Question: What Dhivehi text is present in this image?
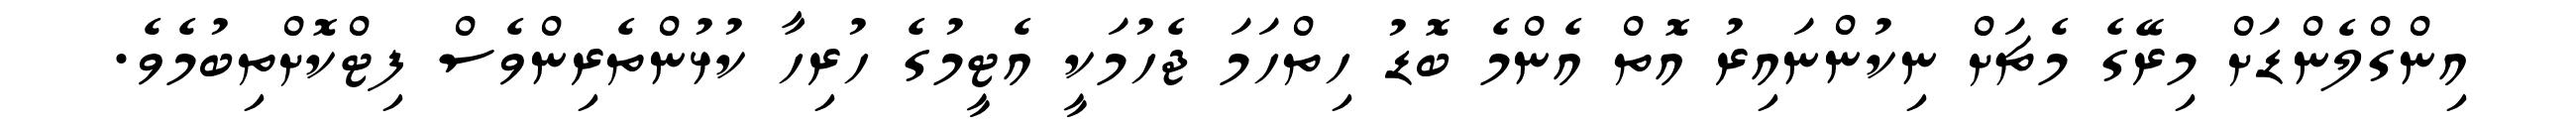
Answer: އިންގްލެންޑަށް މިރޭގެ މެޗަށް ނިކުންނައިރު އޮތް އެންމެ ބޮޑު ހިތްހަމަ ޖެހުމަކީ އެޓީމުގެ ހުރިހާ ކުޅުންތެރިންވެސް ފިޓްކޮށްތިބުމެވެ.